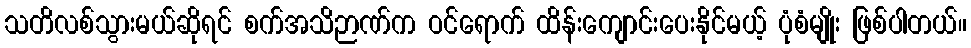
သတိလစ်သွားမယ်ဆိုရင် စက်အသိဉာဏ်က ဝင်ရောက် ထိန်းကျောင်းပေးနိုင်မယ့် ပုံစံမျိုး ဖြစ်ပါတယ်။